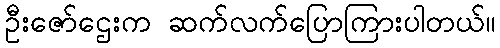
ဦးဇော်ဌေးက ဆက်လက်ပြောကြားပါတယ်။